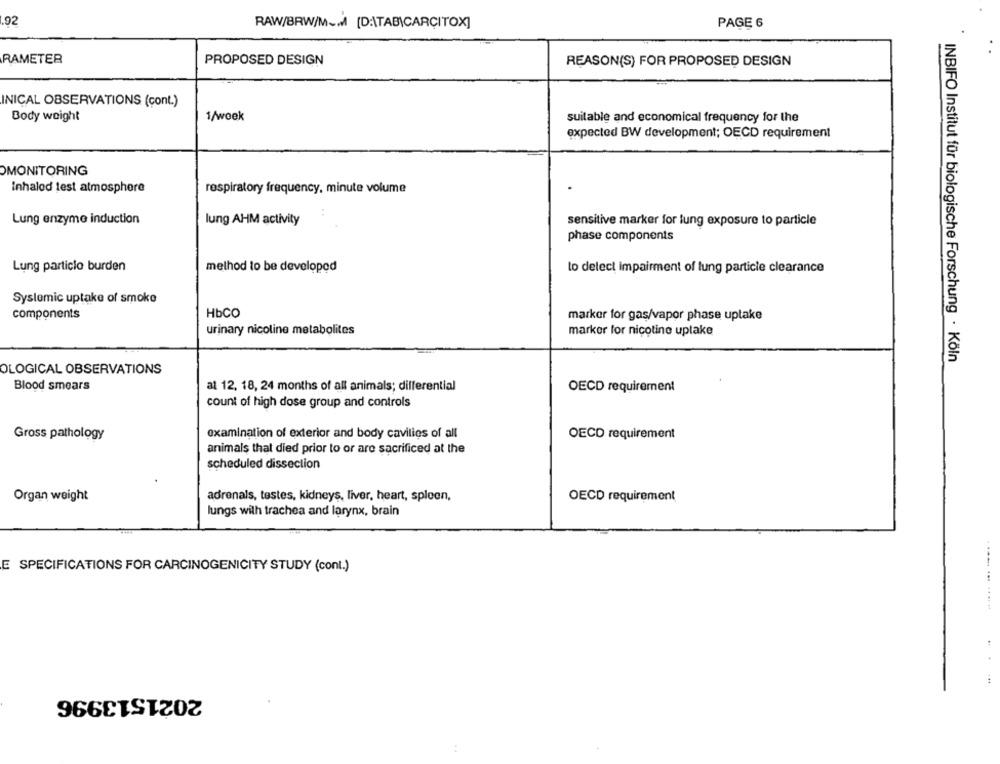
.92
PAGE 6
RAW/BRW/M ~~ [D:\TABICARCITOX]
RAMETER
PROPOSED DESIGN
REASON(S) FOR PROPOSED DESIGN
INICAL OBSERVATIONS (cont.)
Body weight
1/week
suitable and economical frequency for the
expected BW development; OECD requirement
OMONITORING
Inhaled test atmosphere
respiratory frequency, minute volume
Lung enzyme induction
lung AHM activity
sensitive marker for lung exposure to particle
phase components
Lung particle burden
method to be developed
to delect impairment of lung particle clearance
Systemic uptake of smoke
components
HbCO
marker for gas/vapor phase uptake
urinary nicoline metabolites
marker for nicotine uptake
INBIFO Institut für biologische Forschung · Köln
OLOGICAL OBSERVATIONS
Blood smears
at 12, 18, 24 months of all animals; differential
OECD requirement
count of high dose group and controls
examination of exterior and body cavities of all
OECD requirement
Gross pathology
animals that died prior to or are sacrificed at the
scheduled dissection
Organ weight
adrenals, testes, kidneys, liver, heart, spleen,
OECD requirement
lungs wilh trachea and larynx, brain
E SPECIFICATIONS FOR CARCINOGENICITY STUDY (cont.)
2021513996